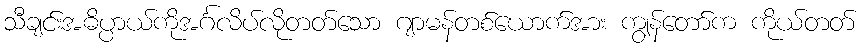
သီချင်းအဓိပ္ပာယ်ကိုအင်္ဂလိပ်လိုတတ်သော ဂျာမန်တစ်ယောက်အား ကျွန်တော်က ကိုယ်တတ်